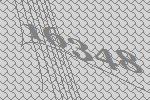
16348